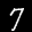
Label: 7